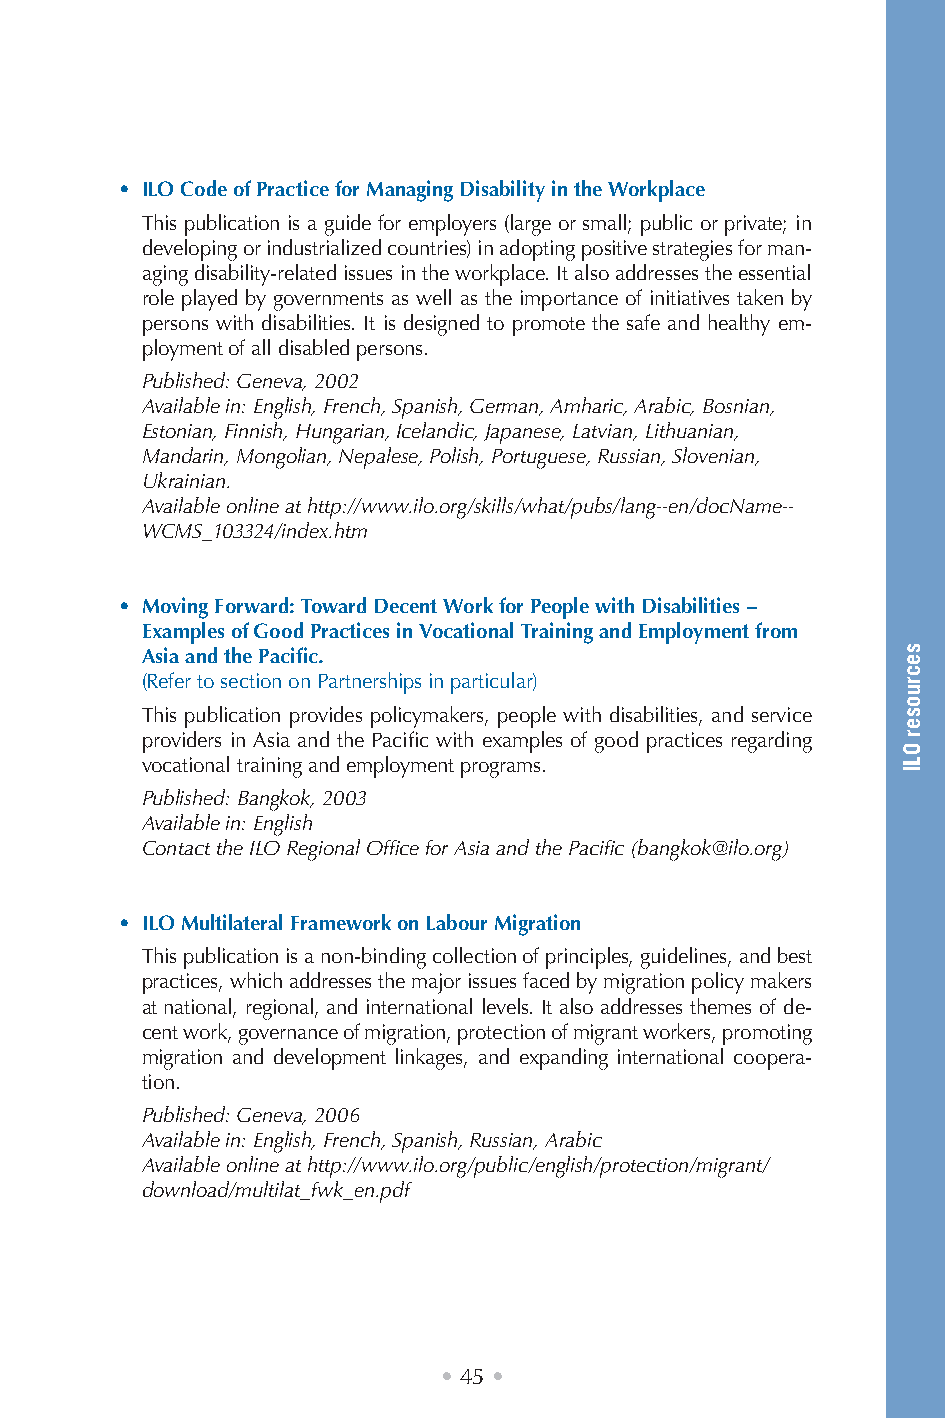
• ILO Code of Practice for Managing Disability in the Workplace
 This publication is a guide for employers (large or small; public or private; in
 developing or industrialized countries) in adopting positive strategies for man-
 aging disability-related issues in the workplace. It also addresses the essential
 role played by governments as well as the importance of initiatives taken by
 persons with disabilities. It is designed to promote the safe and healthy em-
 ployment of all disabled persons.
 Published: Geneva, 2002
 Available in: English, French, Spanish, German, Amharic, Arabic, Bosnian,
 Estonian, Finnish, Hungarian, Icelandic, Japanese, Latvian, Lithuanian,
 Mandarin, Mongolian, Nepalese, Polish, Portuguese, Russian, Slovenian,
 Ukrainian.
 Available online at http://www.ilo.org/skills/what/pubs/lang--en/docName--
 WCMS_103324/index.htm
 • Moving Forward: Toward Decent Work for People with Disabilities −
 Examples of Good Practices in Vocational Training and Employment from
 Asia and the Pacific.
 (Refer to section on Partnerships in particular)
 This publication provides policymakers, people with disabilities, and service
 providers in Asia and the Pacific with examples of good practices regarding
 vocational training and employment programs.
 Published: Bangkok, 2003
 Available in: English
 Contact the ILO Regional Office for Asia and the Pacific (bangkok@ilo.org)
 • ILO Multilateral Framework on Labour Migration
 This publication is a non-binding collection of principles, guidelines, and best
 practices, which addresses the major issues faced by migration policy makers
 at national, regional, and international levels. It also addresses themes of de-
 cent work, governance of migration, protection of migrant workers, promoting
 migration and development linkages, and expanding international coopera-
 tion.
 Published: Geneva, 2006
 Available in: English, French, Spanish, Russian, Arabic
 Available online at http://www.ilo.org/public/english/protection/migrant/
 download/multilat_fwk_en.pdf
 • 45 •
 secruoser
 OLI
 ruobal
 yroslupmoc
 dna
 decrof
 fo
 smrof
 lla
 fo
 noitanimile